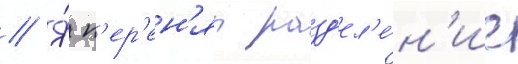
// Я́ п'ер'ен'ял разд'ел'е́н'ие